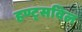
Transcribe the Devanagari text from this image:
हण्ट्सविल